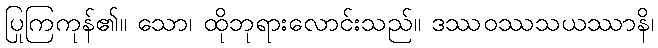
ပြုကြကုန်၏။ သော၊ ထိုဘုရားလောင်းသည်။ ဒဿဝဿသယဿာနိ၊